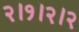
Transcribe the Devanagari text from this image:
२।१।२।२